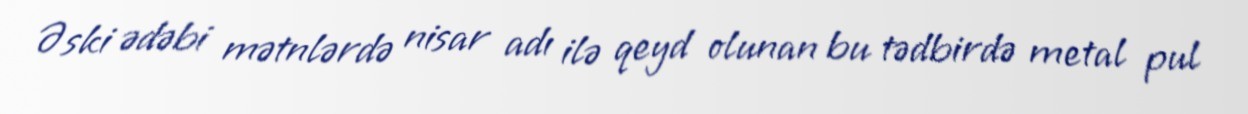
Əski ədəbi mətnlərdə nisar adı ilə qeyd olunan bu tədbirdə metal pul